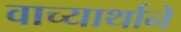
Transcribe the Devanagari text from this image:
वाच्यार्थाने